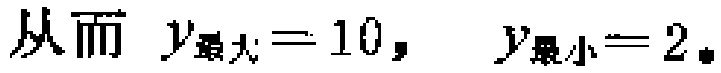
从而 \(y_{最大}=10,\ y_{最小}=2\)。